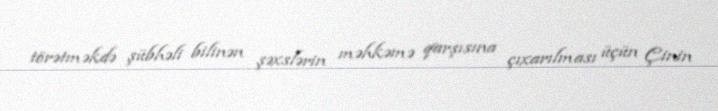
törətməkdə şübhəli bilinən şəxslərin məhkəmə qarşısına çıxarılması üçün Çinin